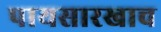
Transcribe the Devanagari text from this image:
पायसारखाच